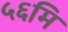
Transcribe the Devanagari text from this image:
५६मि